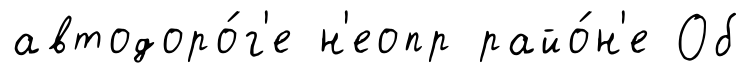
автодоро́г'е н'еопр райо́н'е Об